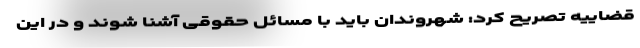
قضاییه تصریح کرد: شهروندان باید با مسائل حقوقی آشنا شوند و در این